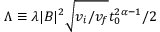
\Lambda \equiv \lambda | B | ^ { 2 } \sqrt { v _ { i } / v _ { f } } t _ { 0 } ^ { 2 \alpha - 1 } / 2